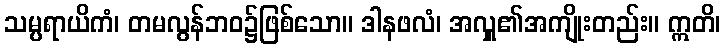
သမ္ပရာယိကံ၊ တမလွန်ဘဝ၌ဖြစ်သော။ ဒါနဖလံ၊ အလှူ၏အကျိုးတည်း။ ဣတိ၊